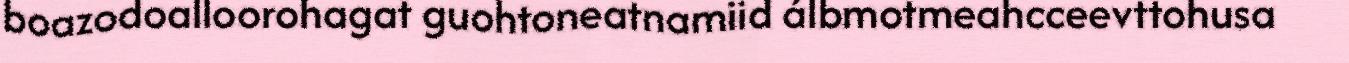
boazodoalloorohagat guohtoneatnamiid álbmotmeahcceevttohusa